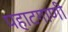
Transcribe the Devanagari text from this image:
पहाटगाणी